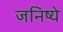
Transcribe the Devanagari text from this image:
जनिष्ये